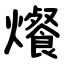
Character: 爘